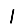
Digit: 1